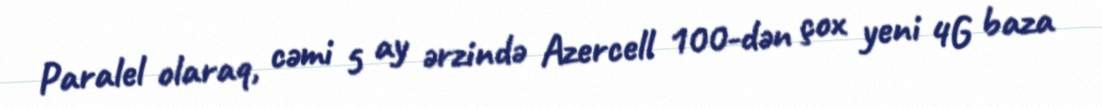
Paralel olaraq, cəmi 5 ay ərzində Azercell 100-dən çox yeni 4G baza